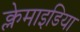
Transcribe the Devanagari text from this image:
क्लेमाइडिया